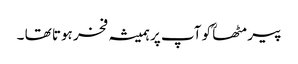
پیر مٹھاؒ کو آپ پر ہمیشہ فخر ہوتا تھا ۔